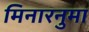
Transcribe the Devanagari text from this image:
मिनारनुमा